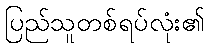
ပြည်သူတစ်ရပ်လုံး၏